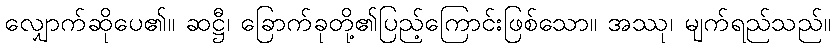
လျှောက်ဆိုပေ၏။ ဆဋ္ဌီ၊ ခြောက်ခုတို့၏ပြည့်ကြောင်းဖြစ်သော။ အဿု၊ မျက်ရည်သည်။